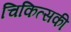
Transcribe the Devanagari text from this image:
चिकित्सकी